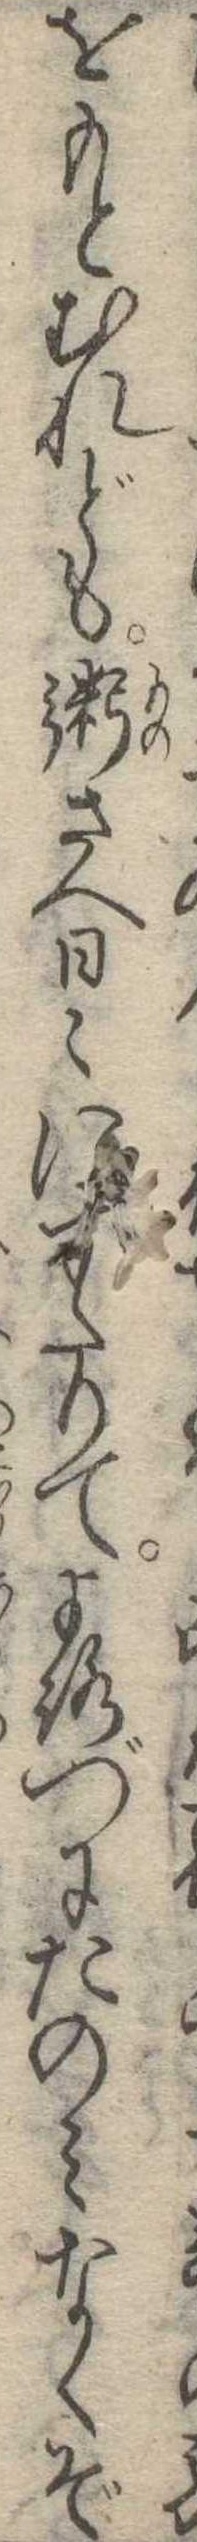
をもとむれども粥さへ日にすたりてよろづにたのみなくぞ